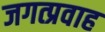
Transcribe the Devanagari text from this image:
जगत्प्रवाह